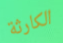
الكارثة